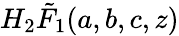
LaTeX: H_{2}\tilde{F}_{1}(a,b,c,z)